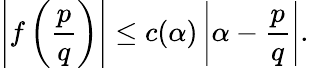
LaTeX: \left|f\left({\frac{p}{q}}\right)\right|\leq c(\alpha)\left|\alpha-{\frac{p}{q}}\right|.